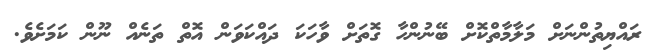
ރައްޔިތުންނަށް މަލާމާތްކޮށް ބޭނުންހާ ގޮތަށް ވާހަކަ ދައްކަވަން އޮތް ތަނެއް ނޫން ކަމަށެވެ.